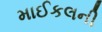
માઈકલની